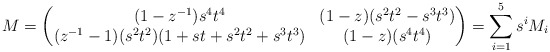
\begin{align*}M=\begin{pmatrix}(1-z^{-1})s^{4}t^{4} & (1-z)(s^{2}t^{2}-s^{3}t^{3}) \\(z^{-1}-1)(s^{2}t^{2})(1+st+s^{2}t^{2}+s^{3}t^{3}) &(1-z)(s^{4}t^{4}) \end{pmatrix}= \sum_{i=1}^5 s^iM_i\end{align*}